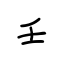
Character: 壬